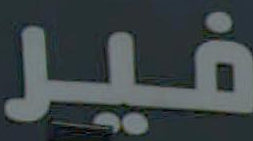
فير